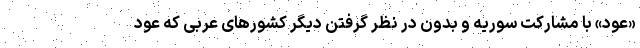
«عود» با مشارکت سوریه و بدون در نظر گرفتن دیگر کشورهای عربی که عود